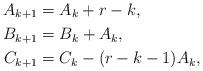
LaTeX: \begin{align*}A_{k+1}&=A_k+r-k,\\B_{k+1}&=B_k+A_k,\\C_{k+1}&=C_k-(r-k-1)A_k,\end{align*}